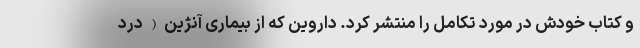
و کتاب خودش در مورد تکامل را منتشر کرد. داروین که از بیماری آنژین(درد